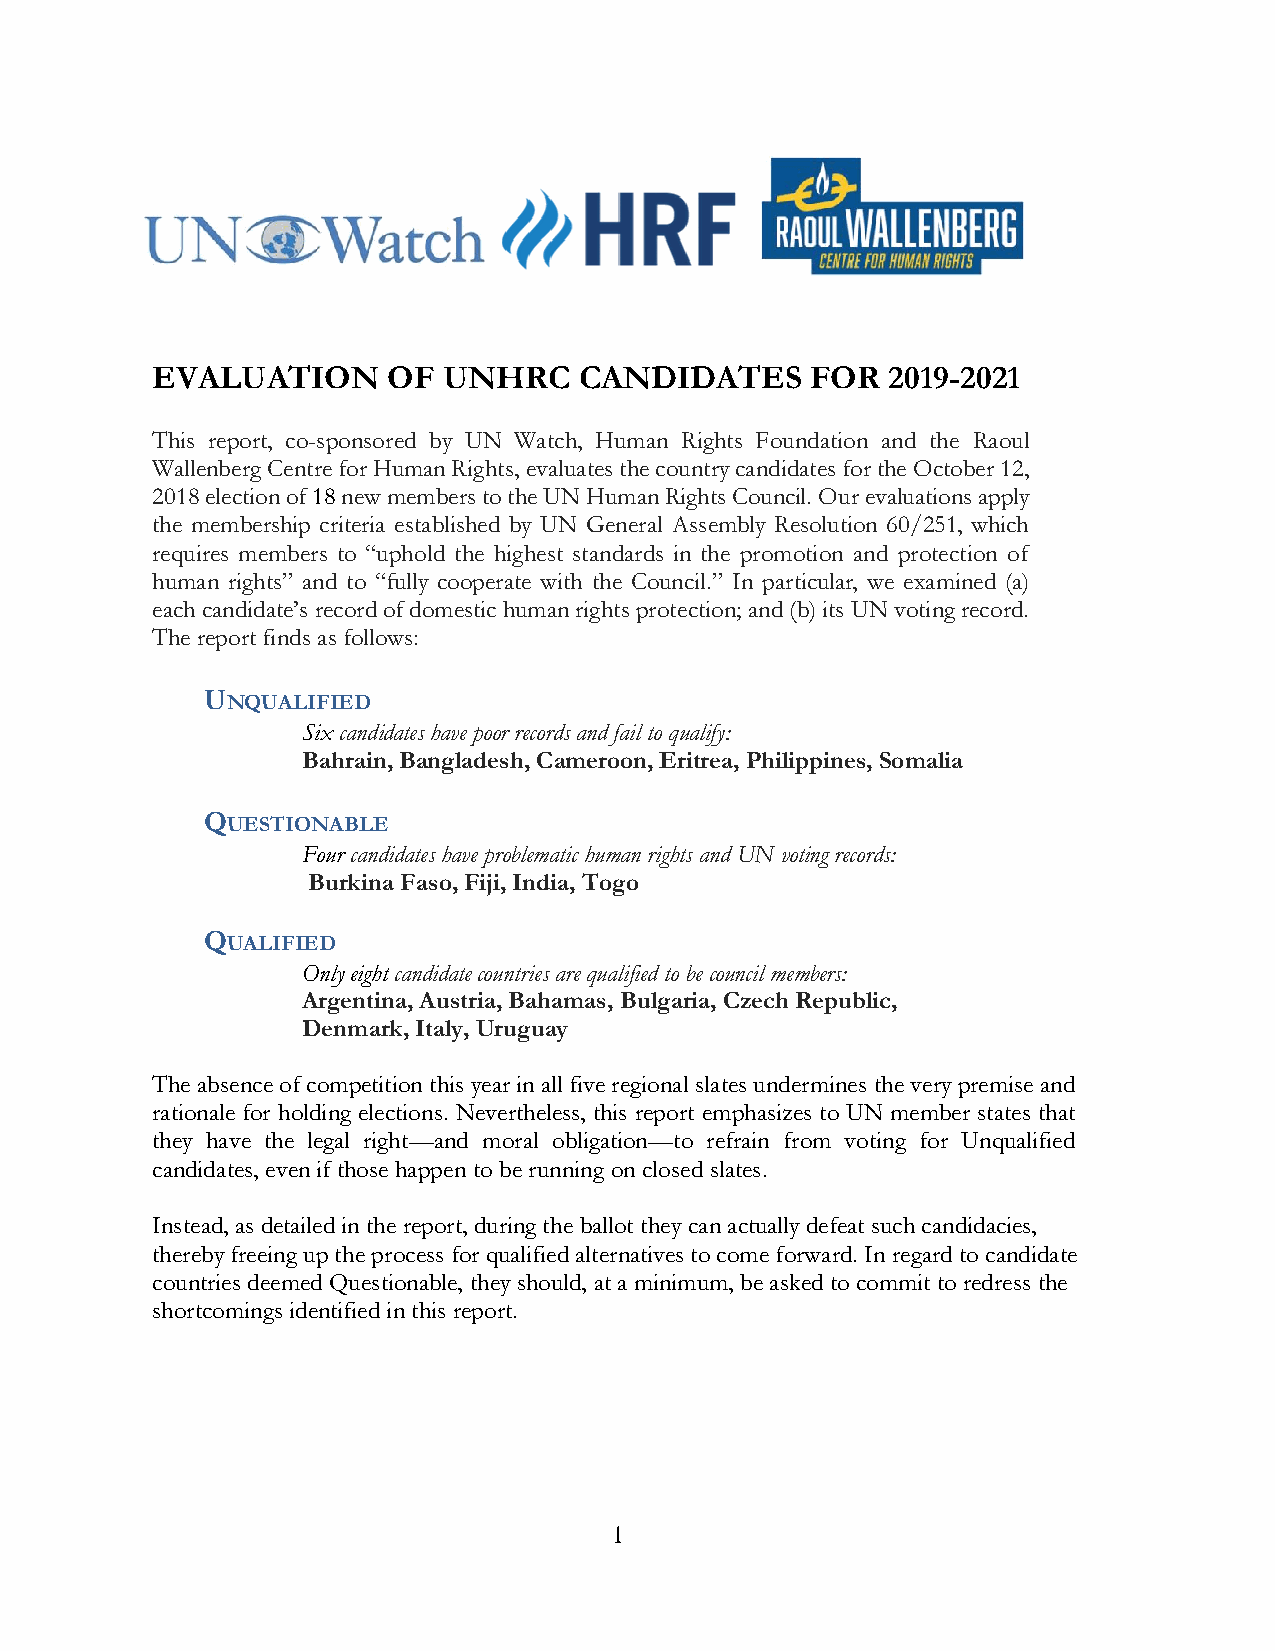
EVALUATION      OF UNHRC    CANDIDATES      FOR  2019-2021
 This report, co-sponsored by UN Watch, Human Rights Foundation and the Raoul
 Wallenberg Centre for Human Rights, evaluates the country candidates for the October 12,
 2018 election of 18 new members to the UN Human Rights Council. Our evaluations apply
 the membership criteria established by UN General Assembly Resolution 60/251, which
 requires members to “uphold the highest standards in the promotion and protection of
 human rights” and to “fully cooperate with the Council.” In particular, we examined (a)
 each candidate’s record of domestic human rights protection; and (b) its UN voting record.
 The report finds as follows:
 UNQUALIFIED
 Six candidates have poor records and fail to qualify:
 Bahrain, Bangladesh, Cameroon, Eritrea, Philippines, Somalia
 QUESTIONABLE
 Four candidates have problematic human rights and UN voting records:
 Burkina Faso, Fiji, India, Togo
 QUALIFIED
 Only eight candidate countries are qualified to be council members:
 Argentina, Austria, Bahamas, Bulgaria, Czech Republic,
 Denmark, Italy, Uruguay
 The absence of competition this year in all five regional slates undermines the very premise and
 rationale for holding elections. Nevertheless, this report emphasizes to UN member states that
 they have the legal right—and moral obligation—to refrain from voting for Unqualified
 candidates, even if those happen to be running on closed slates.
 Instead, as detailed in the report, during the ballot they can actually defeat such candidacies,
 thereby freeing up the process for qualified alternatives to come forward. In regard to candidate
 countries deemed Questionable, they should, at a minimum, be asked to commit to redress the
 shortcomings identified in this report.
 1